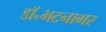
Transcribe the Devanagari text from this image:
डॉ॰भटनागर